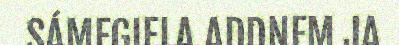
SÁMEGIELA ADDNEM JA